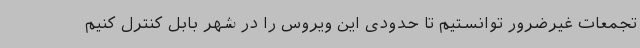
تجمعات غیرضرور توانستیم تا حدودی این ویروس را در شهر بابل کنترل کنیم